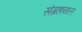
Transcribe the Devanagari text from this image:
संग्रहायल